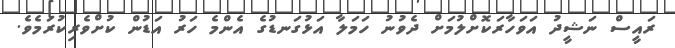
ރައީސް ނަޝީދު އަވަހާރަކޮށްލުމަށް ދެވުނު ހަމަލާ އަޅުގަނޑުގެ އެންމެ ހަރު އަޑުން ކުށްވެރިކުރަމެވެ.